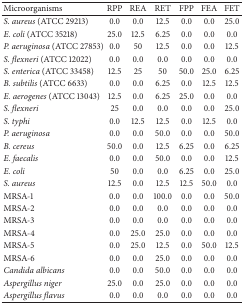
<table><thead><tr><td><b>Microorganisms</b></td><td><b>RPP</b></td><td><b>REA</b></td><td><b>RET</b></td><td><b>FPP</b></td><td><b>FEA</b></td><td><b>FET</b></td></tr></thead><tbody><tr><td><i>S. aureus</i> (ATCC 29213)</td><td>0.0</td><td>0.0</td><td>12.5</td><td>0.0</td><td>0.0</td><td>25.0</td></tr><tr><td><i>E. coli</i> (ATCC 35218)</td><td>25.0</td><td>12.5</td><td>6.25</td><td>0.0</td><td>0.0</td><td>0.0</td></tr><tr><td><i>P. aeruginosa</i> (ATCC 27853)</td><td>0.0</td><td>50</td><td>12.5</td><td>0.0</td><td>0.0</td><td>12.5</td></tr><tr><td><i>S. flexneri</i> (ATCC 12022)</td><td>0.0</td><td>0.0</td><td>0.0</td><td>0.0</td><td>0.0</td><td>0.0</td></tr><tr><td><i>S. enterica</i> (ATCC 33458)</td><td>12.5</td><td>25</td><td>50</td><td>50.0</td><td>25.0</td><td>6.25</td></tr><tr><td><i>B. subtilis</i> (ATCC 6633)</td><td>0.0</td><td>0.0</td><td>6.25</td><td>0.0</td><td>12.5</td><td>12.5</td></tr><tr><td><i>E. aerogenes</i> (ATCC 13043)</td><td>12.5</td><td>0.0</td><td>6.25</td><td>25.0</td><td>0.0</td><td>0.0</td></tr><tr><td><i>S. flexneri</i></td><td>25</td><td>0.0</td><td>0.0</td><td>0.0</td><td>0.0</td><td>25.0</td></tr><tr><td><i>S. typhi</i></td><td>0.0</td><td>12.5</td><td>12.5</td><td>0.0</td><td>12.5</td><td>0.0</td></tr><tr><td><i>P. aeruginosa</i></td><td>0.0</td><td>0.0</td><td>50.0</td><td>0.0</td><td>0.0</td><td>50.0</td></tr><tr><td><i>B. cereus</i></td><td>50.0</td><td>0.0</td><td>12.5</td><td>6.25</td><td>0.0</td><td>6.25</td></tr><tr><td><i>E. faecalis</i></td><td>0.0</td><td>0.0</td><td>50.0</td><td>0.0</td><td>0.0</td><td>12.5</td></tr><tr><td><i>E. coli</i></td><td>50</td><td>0.0</td><td>0.0</td><td>6.25</td><td>0.0</td><td>25.0</td></tr><tr><td><i>S. aureus</i></td><td>12.5</td><td>0.0</td><td>12.5</td><td>12.5</td><td>50.0</td><td>0.0</td></tr><tr><td>MRSA-1</td><td>0.0</td><td>0.0</td><td>100.0</td><td>0.0</td><td>0.0</td><td>50.0</td></tr><tr><td>MRSA-2</td><td>0.0</td><td>0.0</td><td>0.0</td><td>0.0</td><td>0.0</td><td>0.0</td></tr><tr><td>MRSA-3</td><td>0.0</td><td>0.0</td><td>0.0</td><td>0.0</td><td>0.0</td><td>0.0</td></tr><tr><td>MRSA-4</td><td>0.0</td><td>25.0</td><td>25.0</td><td>0.0</td><td>0.0</td><td>0.0</td></tr><tr><td>MRSA-5</td><td>0.0</td><td>25.0</td><td>12.5</td><td>0.0</td><td>50.0</td><td>12.5</td></tr><tr><td>MRSA-6</td><td>0.0</td><td>0.0</td><td>25.0</td><td>0.0</td><td>0.0</td><td>0.0</td></tr><tr><td><i>Candida albicans</i></td><td>0.0</td><td>0.0</td><td>50.0</td><td>0.0</td><td>0.0</td><td>0.0</td></tr><tr><td><i>Aspergillus niger</i></td><td>25.0</td><td>0.0</td><td>25.0</td><td>0.0</td><td>0.0</td><td>0.0</td></tr><tr><td><i>Aspergillus flavus</i></td><td>0.0</td><td>0.0</td><td>0.0</td><td>0.0</td><td>0.0</td><td>0.0</td></tr></tbody></table>